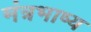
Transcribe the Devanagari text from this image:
मंत्रभाष्य